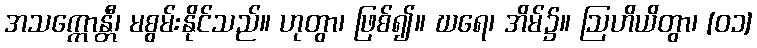
အသက္ကောန္တီ၊ မစွမ်းနိုင်သည်။ ဟုတွာ၊ ဖြစ်၍။ ဃရေ၊ အိမ်၌။ ဩဟိယိတွာ၊ [၀၁]